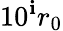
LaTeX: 10^{\mathbf{i}}r_{0}